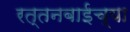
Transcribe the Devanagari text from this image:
रत्तनबाईच्या